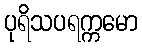
ပုရိသပရက္ကမော